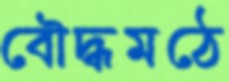
বৌদ্ধমঠে